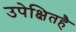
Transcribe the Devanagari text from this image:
उपेक्षितहै